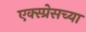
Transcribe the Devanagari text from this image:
एक्स्प्रेसच्या